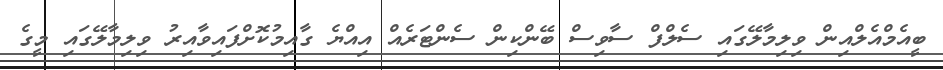
ބީއެމްއެލްއިން ވިލިމާލޭގައި ސެލްފް ސާވިސް ބޭންކިން ސެންޓަރެއް އިއްޔެ ގާއިމުކޮށްފައިވާއިރު ވިލިމާލޭގައި މީގެ